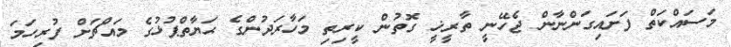
މަސައްކަތް ފަށައިގަންނާން ޖެހޭނީ ތާރީޚީ ގޮތުން ކީރިތި މަހާރަދުންގެ ޙަޔާތްޕުޅުގެ މައްޗަށް ފުރިހަމަ